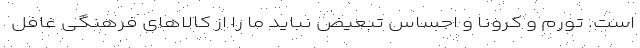
است. تورم و کرونا و احساس تبعیض نباید ما را از کالاهای فرهنگی غافل